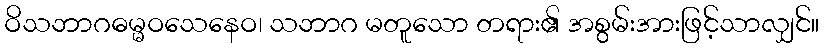
ဝိသဘာဂဓမ္မဝသေနေဝ၊ သဘာဂ မတူသော တရား၏ အစွမ်းအားဖြင့်သာလျှင်။